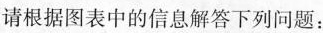
请根据图表中的信息解答下列问题：